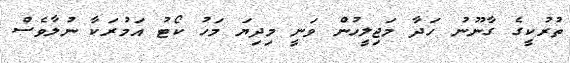
ތުރުކީގެ ގާނޫނު ހަދާ މަޖިލީހުން ވަނީ މިދިޔަ މަހު ކޯޓު އަމުރަކާ ނުލާވެސް